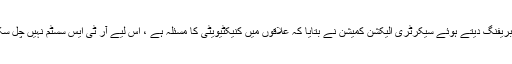
قبائلی اضلاع میں الیکشن کے حوالے سے بریفنگ دیتے ہوئے سیکرٹری الیکشن کمیشن نے بتایا کہ علاقوں میں کنیکٹیویٹی کا مسئلہ ہے ، اس لیے آر ٹی ایس سسٹم نہیں چل سکتاہے ،رزلٹ آر ایم ایس کے ذریعے آئیگا۔